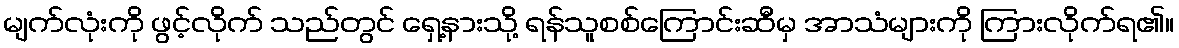
မျက်လုံးကို ဖွင့်လိုက် သည်တွင် ရှေ့နားသို့ ရန်သူစစ်ကြောင်းဆီမှ အာသံများကို ကြားလိုက်ရ၏။